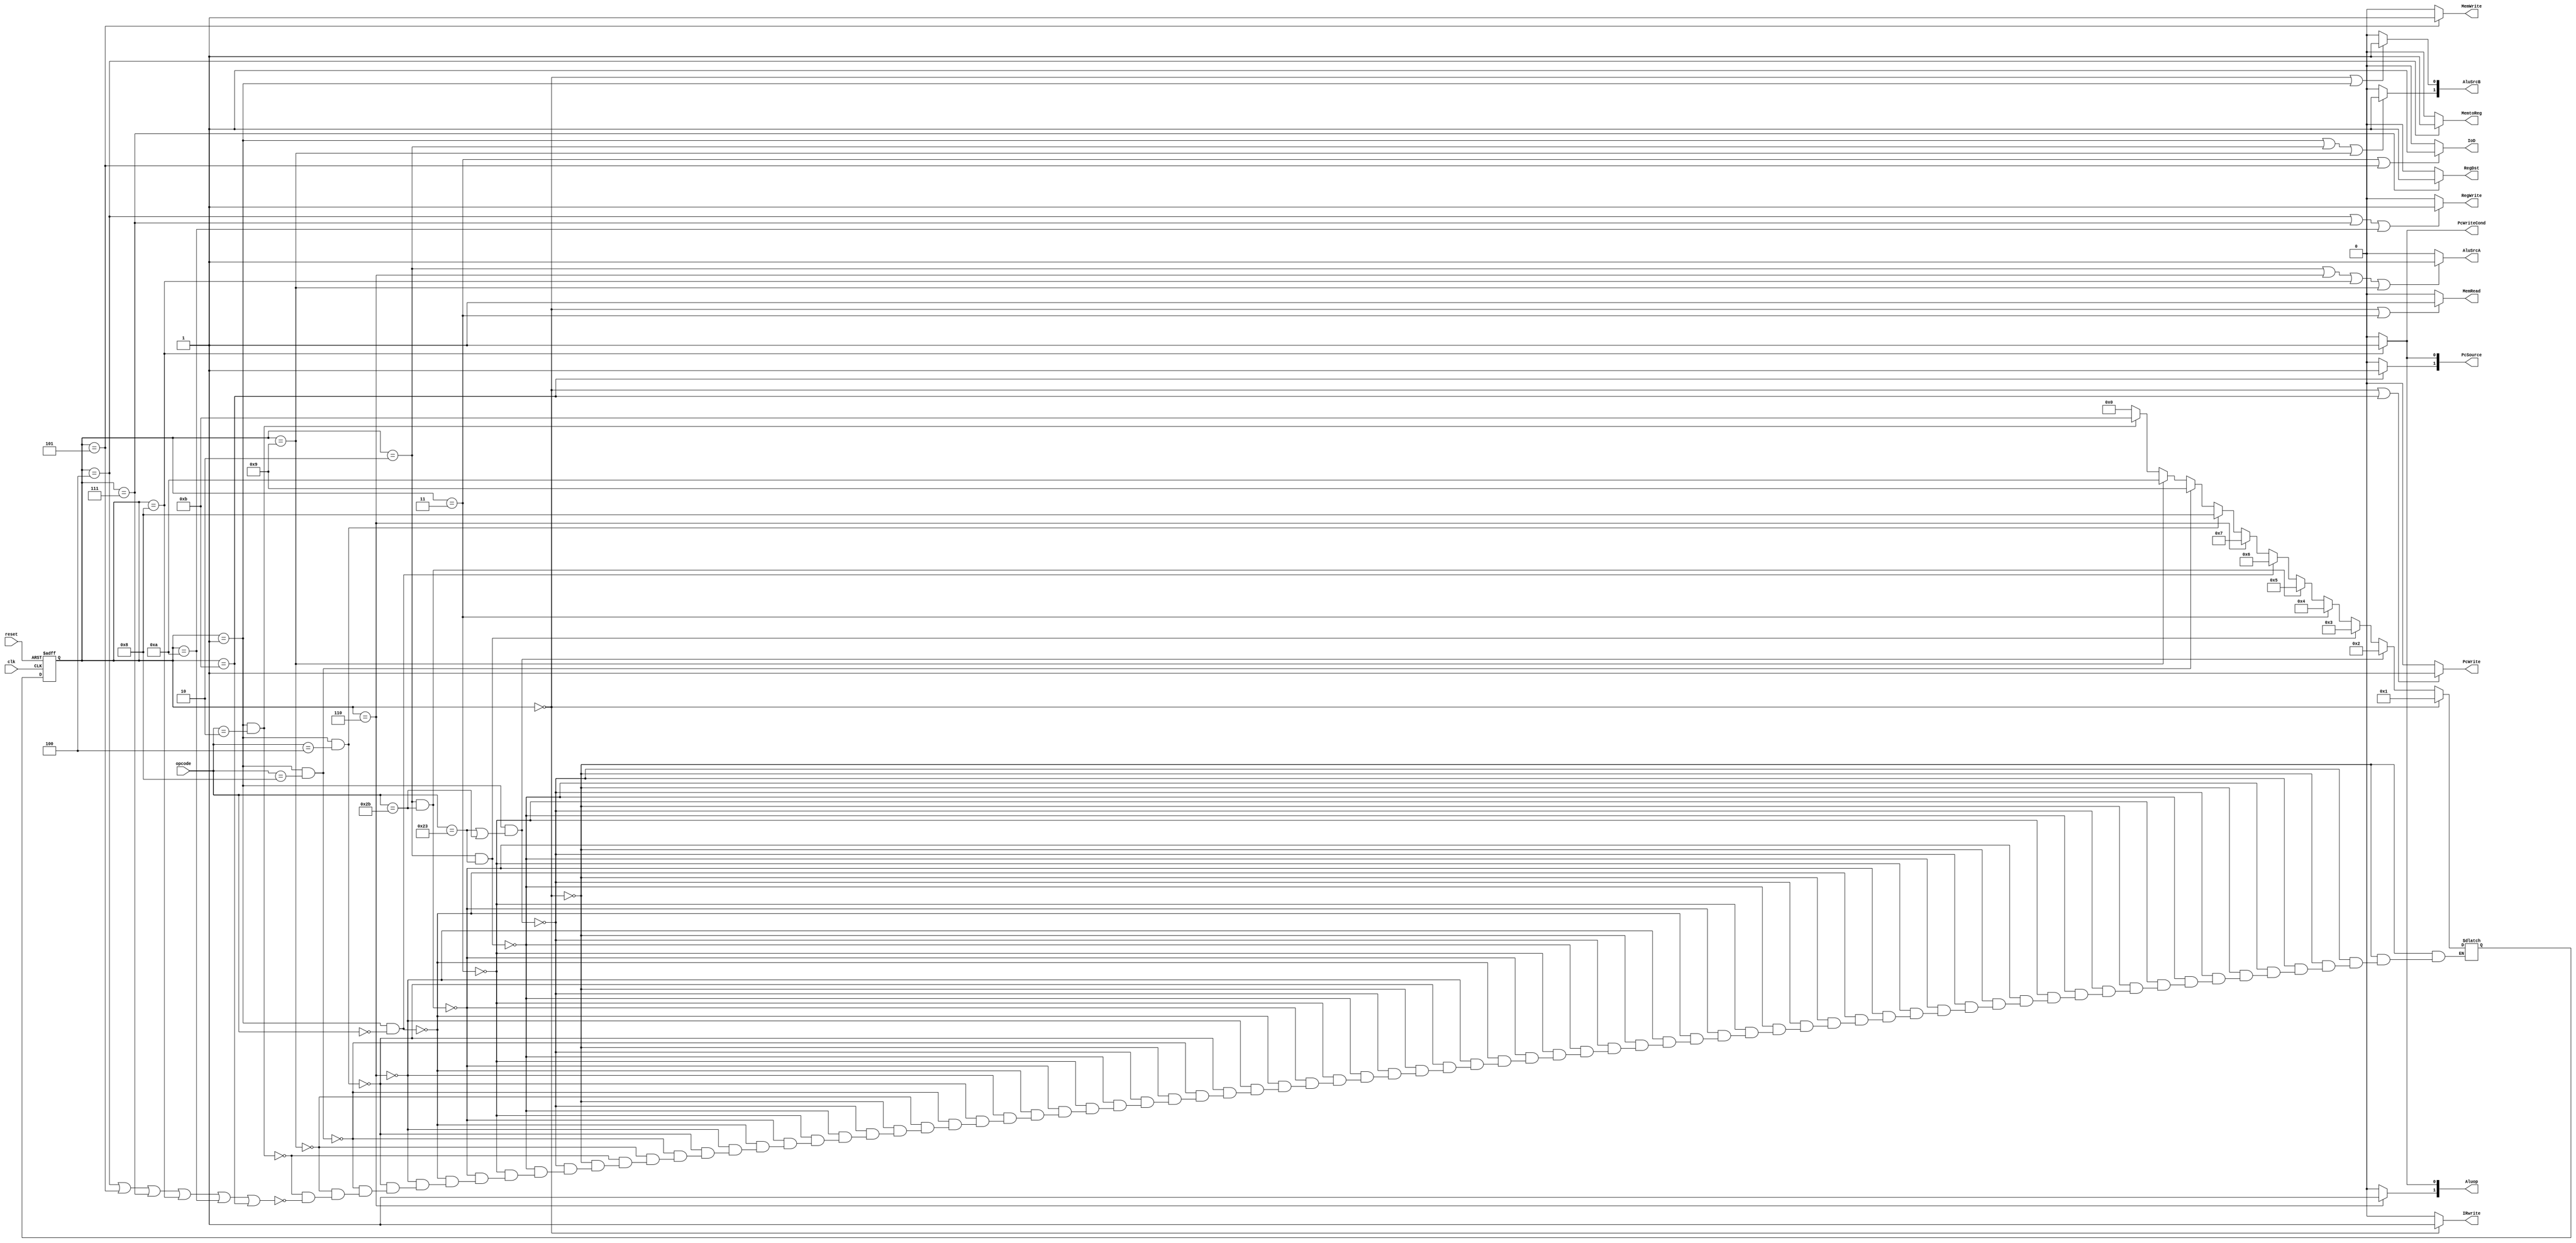

module bigcontrol(
                  input            clk, reset,
                  input [5:0]      opcode,
                  output           PcWriteCond, PcWrite, IoD,MemRead, MemWrite, MemtoReg,IRwrite, RegDst, RegWrite, AluSrcA, 
                  output  [1:0] AluSrcB, Aluop, PcSource
                  );
    reg [3:0]                  state, nextstate;
    parameter s0 = 4'b0000;
    parameter s1 = 4'b0001;
    parameter s2 = 4'b0010;
    parameter s3 = 4'b0011;
    parameter s4 = 4'b0100;
    parameter s5 = 4'b0101;
    parameter s6 = 4'b0110;
    parameter s7 = 4'b0111;
    parameter s8 = 4'b1000;
    parameter s9 = 4'b1001;
    parameter s10 = 4'b1010;
    parameter s11 = 4'b1011;
    
    /////////////////////////////////////
always @ (posedge reset, posedge clk)
  begin
  if (reset)
    state <= s0;
  else
    state <= nextstate;
  end
    
    /////////////////////////////////////////////
 always @ (*)
   begin
       if (state == s0)
         nextstate = s1;
       else if((state == s1)  && (opcode == 6'b100011 || opcode == 6'b101011) )
         nextstate = s2;
       else if( (state == s2) && (opcode == 6'b100011))
         nextstate = s3;
       else if (state == s3)
         nextstate = s4;
       else if (state == s2 && (opcode == 6'b101011))
         nextstate = s5;
       else if(state == s1 && opcode ==6'b000000)
         nextstate = s6;
       else if(state == s6 )
         nextstate = s7;
       else if(state == s1 && opcode ==6'b000100)
         nextstate = s8;
       else if(state == s1 && opcode == 6'b001000)
         nextstate = s9;
       else if(state == s9 )
         nextstate = s10;
       else if (state == s1 && opcode == 6'b000010)
         nextstate = s11;
       
       else if (state == s4 || state == s5 || state == s7 || state == s8 || state == s10 || state == s11 )
         nextstate = s0;
   end // always @ (*)
    ///////////////////////////////////////////////////
    assign      PcWrite = (state == s0 || state == s11) ? 1:0;
      assign     PcWriteCond = (state == s8) ? 1:0;
    assign      IoD = (state == s3 || state == s5) ? 1:0;
    assign       MemRead = (state == s0 ||  state == s3) ? 1:0;
    assign      MemWrite = (state == s5 ) ? 1:0;
    assign  IRwrite = (state == s0) ? 1:0;
    assign       MemtoReg = (state == s4) ? 1 :0;
    assign        PcSource[1] = (state == s11) ? 1:0;
    assign        PcSource[0] = (state == s8) ? 1:0;
    assign       Aluop[1] = (state == s6) ? 1:0;
    assign       Aluop[0] = (state == s8) ? 1:0;
    assign         AluSrcB[1] = (state ==s1 || state == s2 || state == s9) ? 1:0;
    assign        AluSrcB[0] = (state == s0 || state == s1) ? 1:0;
    assign        AluSrcA = (state == s2 || state == s6 || state == s8 || state == s9)? 1:0;
    assign        RegWrite = (state == s4 || state == s7 || state == s10) ? 1:0;
    assign        RegDst = (state == s7) ? 1:0;
    
endmodule // bigcontrol